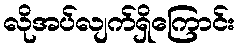
လိုအပ်လျက်ရှိကြောင်း